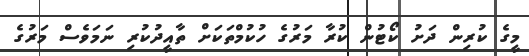
މީގެ ކުރިން ދަށު ކޯޓުން ކުރާ މަރުގެ ހުކުމްތަކަށް ތާއީދުކުރި ނަމަވެސް މަރުގެ